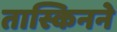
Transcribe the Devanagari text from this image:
तास्किनने